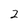
Character: 2